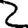
Digit: 2